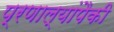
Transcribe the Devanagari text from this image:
प्रणाल्यांपैकी